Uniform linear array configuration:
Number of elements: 4
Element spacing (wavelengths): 0.75
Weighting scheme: blackman
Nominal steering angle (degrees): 45
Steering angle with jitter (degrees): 44.896
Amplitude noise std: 0.05
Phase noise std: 0.05

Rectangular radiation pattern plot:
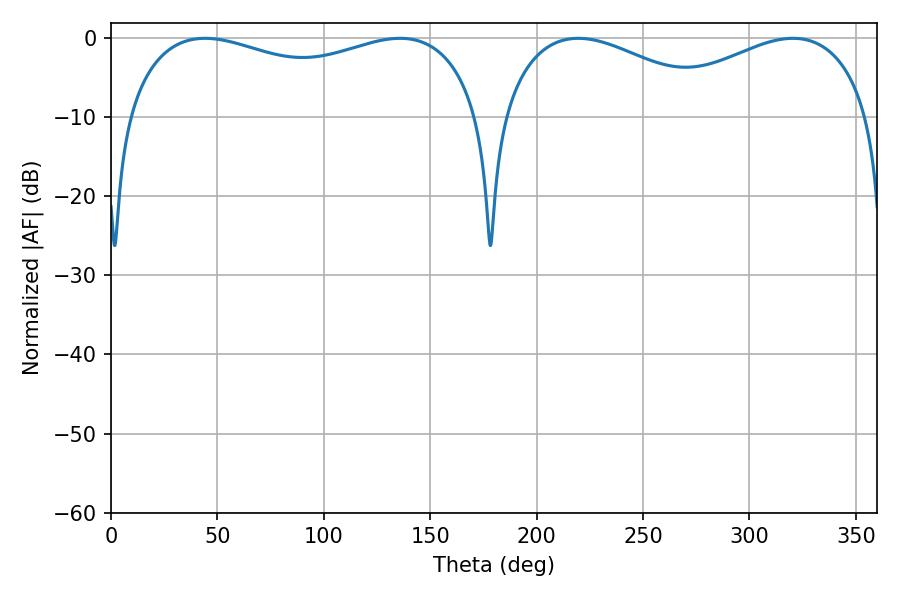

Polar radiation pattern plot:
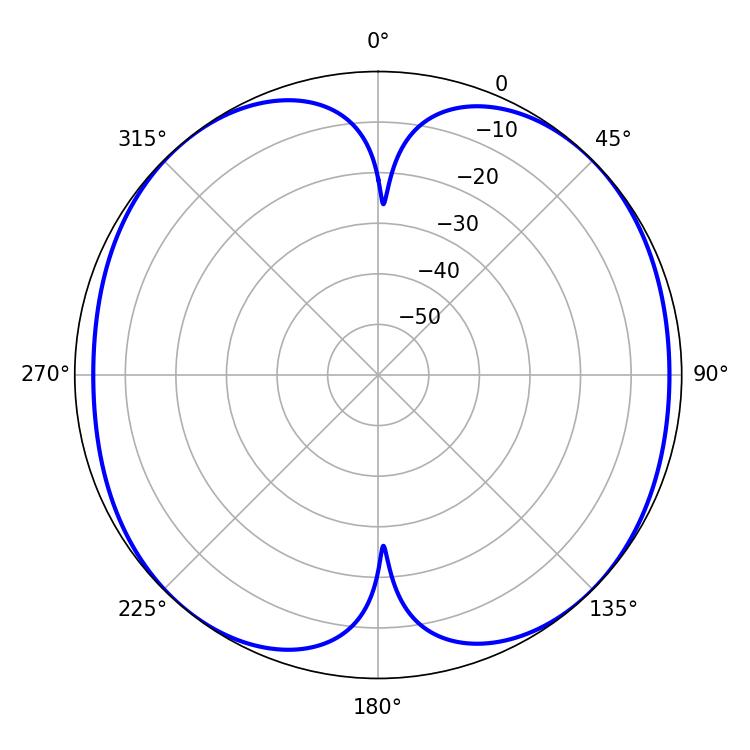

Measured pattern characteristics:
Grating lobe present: TRUE
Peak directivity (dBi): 12.038
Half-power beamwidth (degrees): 137.16
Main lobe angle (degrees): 44.1